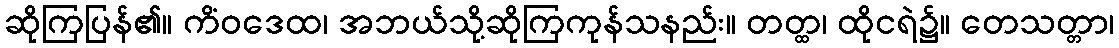
ဆိုကြပြန်၏။ ကိံဝဒေထ၊ အဘယ်သို့ဆိုကြကုန်သနည်း။ တတ္ထ၊ ထိုငရဲ၌။ တေသတ္တာ၊